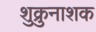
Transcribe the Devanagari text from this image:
शुक्रुनाशक